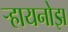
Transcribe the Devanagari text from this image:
र्‍हायनोझ